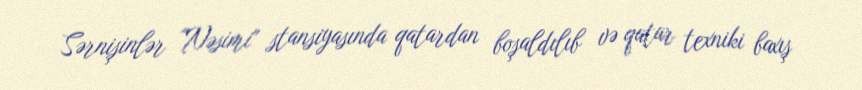
Sərnişinlər "Nəsimi" stansiyasında qatardan boşaldılıb və qatar texniki baxış